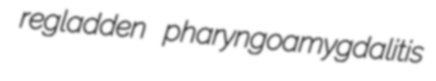
regladden pharyngoamygdalitis